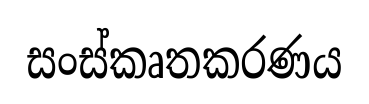
සංස්කෘතකරණය